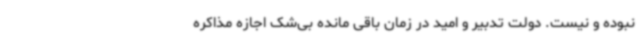
نبوده و نیست. دولت تدبیر و امید در زمان باقی مانده بی‌شک اجازه مذاکره